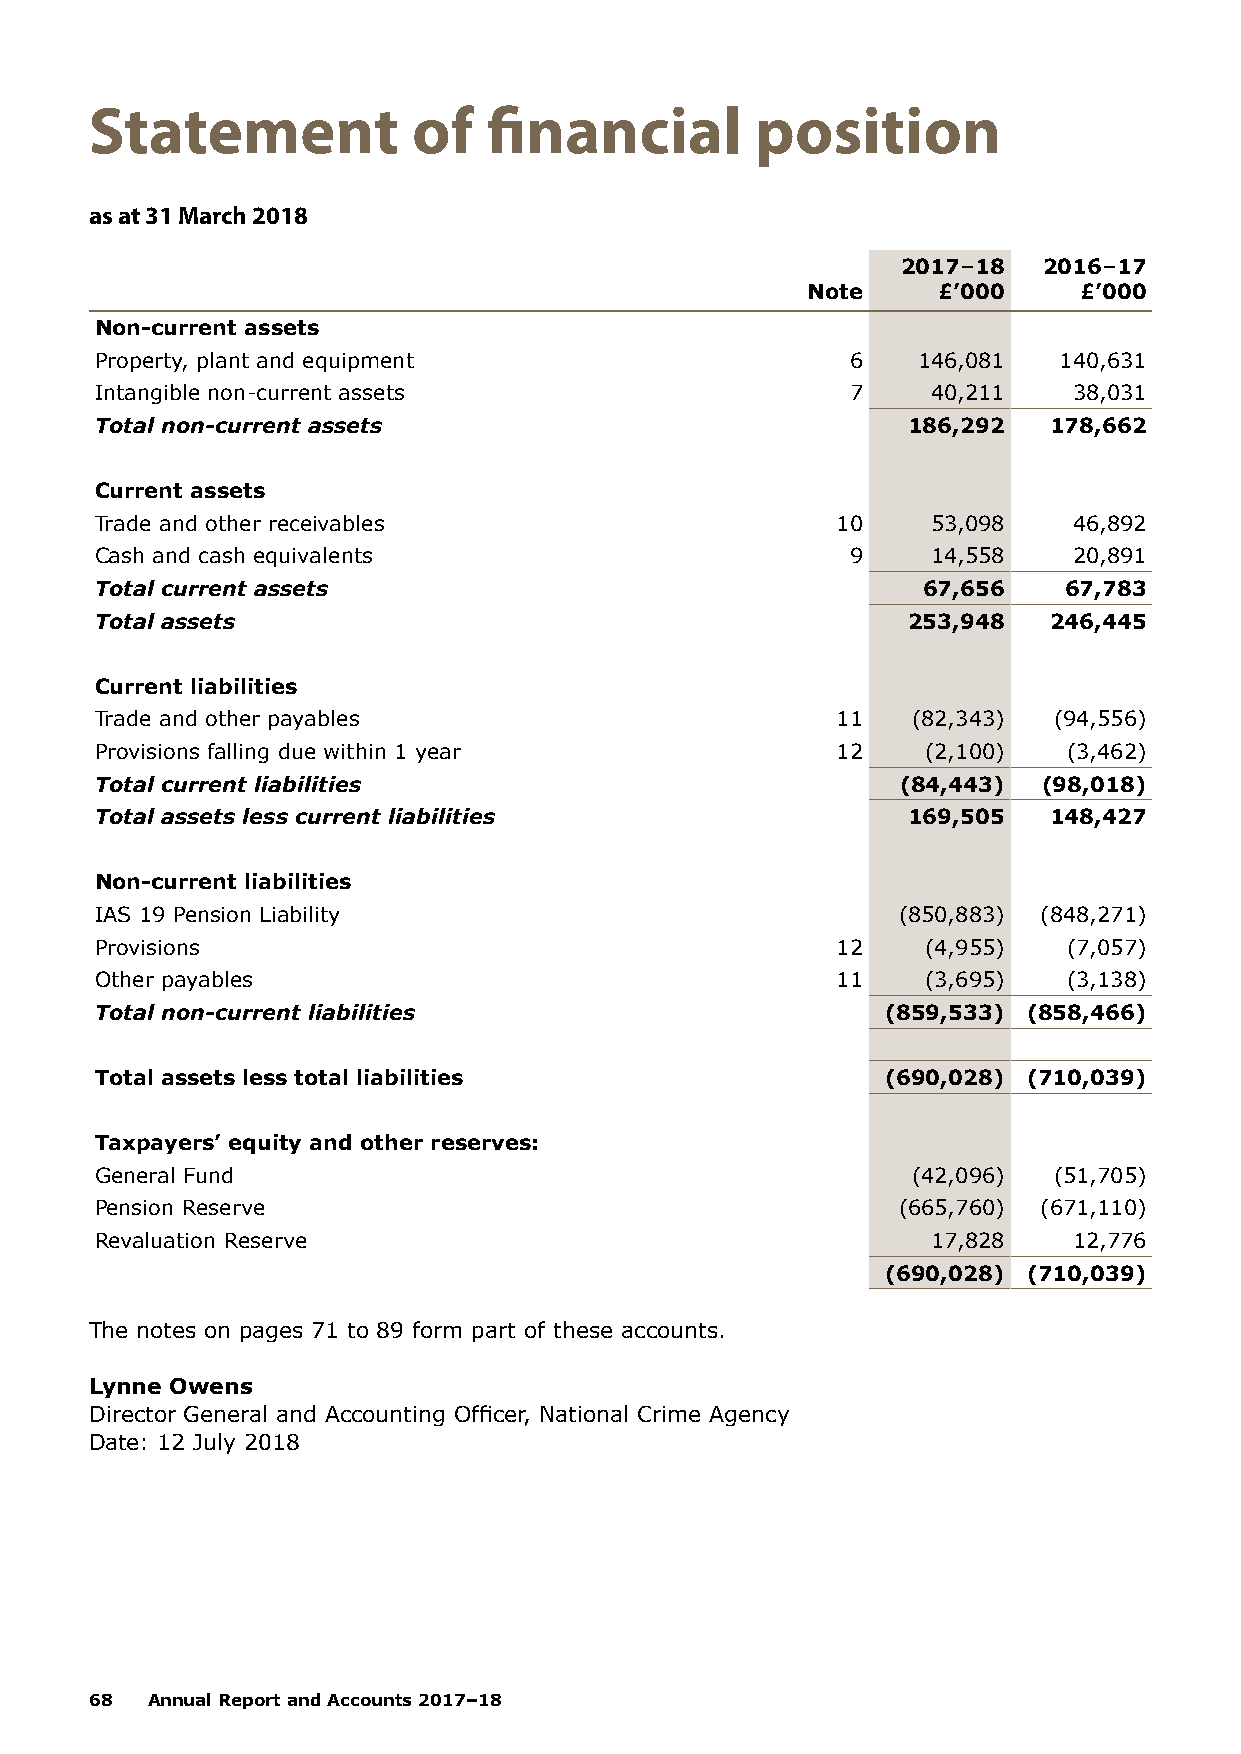
Statement            of   financial         position
 as at 31 March 2018
 2017–18  2016–17
 Note     £’000    £’000
 Non-current assets
 Property, plant and equipment                     6    146,081  140,631
 Intangible non-current assets                     7     40,211   38,031
 Total non-current assets                              186,292  178,662
 Current assets
 Trade and other receivables                      10     53,098   46,892
 Cash and cash equivalents                         9     14,558   20,891
 Total current assets                                   67,656   67,783
 Total assets                                          253,948  246,445
 Current liabilities
 Trade and other payables                         11   (82,343)  (94,556)
 Provisions falling due within 1 year             12    (2,100)   (3,462)
 Total current liabilities                             (84,443) (98,018)
 Total assets less current liabilities                 169,505  148,427
 Non-current liabilities
 IAS 19 Pension Liability                             (850,883) (848,271)
 Provisions                                       12    (4,955)   (7,057)
 Other payables                                   11    (3,695)   (3,138)
 Total non-current liabilities                        (859,533) (858,466)
 Total assets less total liabilities                  (690,028) (710,039)
 Taxpayers’ equity and other reserves:
 General Fund                                          (42,096)  (51,705)
 Pension Reserve                                      (665,760) (671,110)
 Revaluation Reserve                                     17,828   12,776
 (690,028) (710,039)
 The notes on pages 71 to 89 form part of these accounts.
 Lynne Owens
 Director General and Accounting Officer, National Crime Agency
 Date: 12 July 2018
 68  Annual Report and Accounts 2017–18